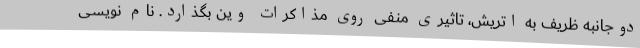
دوجانبه ظریف به اتریش، تاثیری منفی روی مذاکرات وین بگذارد. نام نویسی